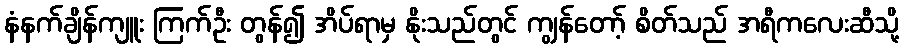
နံနက်ချိန်ကျူး ကြက်ဦး တွန်၍ အိပ်ရာမှ နိုးသည်တွင် ကျွန်တော့် စိတ်သည် အရီကလေးဆီသို့